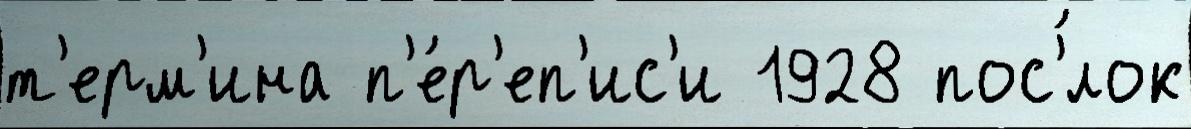
т'ерм'ина п'е́р'еп'ис'и 1928 пос'́лок